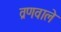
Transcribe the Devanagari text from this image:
व्रणवाले